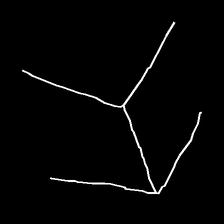
Glyph: gather